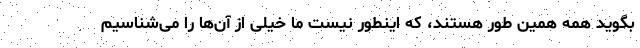
بگوید همه همین طور هستند، که اینطور نیست ما خیلی از آن‌ها را می‌شناسیم